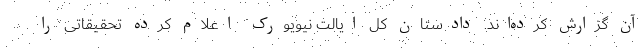
آن گزارش کرده‌اند. دادستان کل ایالت نیویورک اعلام کرده تحقیقاتی را